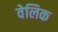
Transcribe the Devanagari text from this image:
वेलिक